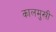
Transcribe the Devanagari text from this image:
कालमुखी